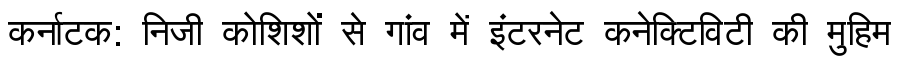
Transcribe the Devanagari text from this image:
कर्नाटक: निजी कोशिशों से गांव में इंटरनेट कनेक्टिविटी की मुहिम